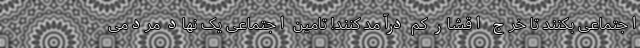
اجتماعی بکنند تا خرج اقشار کم درآمد کنند! تامین اجتماعی یک نهاد مردمی